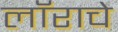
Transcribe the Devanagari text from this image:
लॉराचे